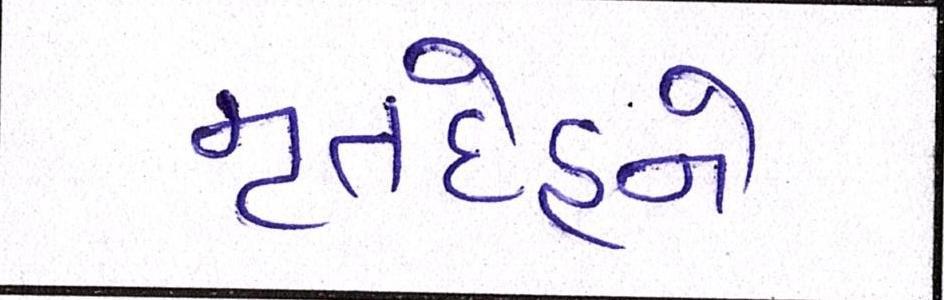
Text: મૃતદેહને